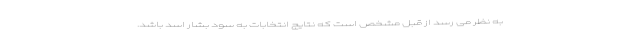
به نظر می رسد از قبل مشخص است که نتایج انتخابات به سود بشار اسد باشد.